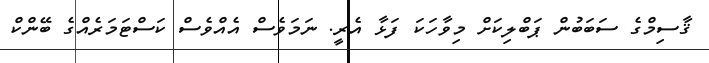
ޤާސިމްގެ ސަބަބުން ޕަބްލިކަށް މިވާހަކަ ފަޅާ އެރީ. ނަމަވެސް އެއްވެސް ކަސްޓަމަރެއްގެ ބޭންކް